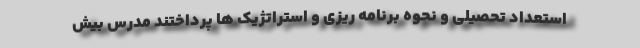
استعداد تحصیلی و نحوه برنامه ریزی و استراتژیک ها پرداختند مدرس بیش